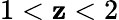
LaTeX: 1<\mathbf{z}<2